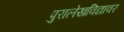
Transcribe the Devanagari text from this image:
पुरालेखविद्यावर